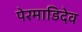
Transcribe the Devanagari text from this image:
पेरमाडिदेव